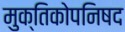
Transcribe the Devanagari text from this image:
मुक्तिकोपनिषद